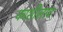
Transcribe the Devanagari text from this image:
काशीलाच